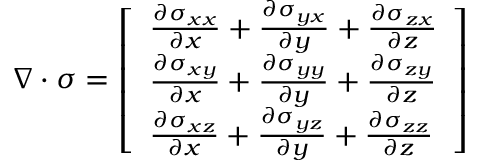
\nabla \cdot { \boldsymbol { \sigma } } = { \left[ \begin{array} { l } { { \frac { \partial \sigma _ { x x } } { \partial x } } + { \frac { \partial \sigma _ { y x } } { \partial y } } + { \frac { \partial \sigma _ { z x } } { \partial z } } } \\ { { \frac { \partial \sigma _ { x y } } { \partial x } } + { \frac { \partial \sigma _ { y y } } { \partial y } } + { \frac { \partial \sigma _ { z y } } { \partial z } } } \\ { { \frac { \partial \sigma _ { x z } } { \partial x } } + { \frac { \partial \sigma _ { y z } } { \partial y } } + { \frac { \partial \sigma _ { z z } } { \partial z } } } \end{array} \right] }